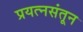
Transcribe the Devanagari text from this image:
प्रयत्‍नसंतून